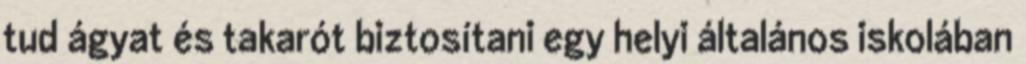
tud ágyat és takarót biztosítani egy helyi általános iskolában